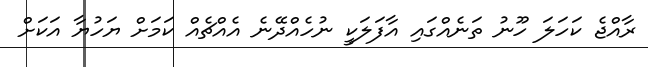
ރާއްޖެ ކަހަލަ ހޫނު ތަނެއްގައި އާފަލަކީ ނުހެއްދޭނެ އެއްޗެއް ކަމަށް ޔަހުޔާ އަކަށް